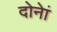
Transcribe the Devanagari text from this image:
दोनेां